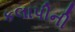
કલાપીની